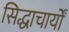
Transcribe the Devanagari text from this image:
सिद्धाचार्यों